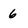
Character: 6